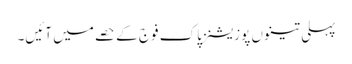
پہلی تینوں پوزیشنز پاک فوج کے حصے میں آئیں۔